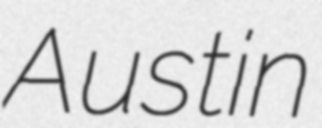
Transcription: Austin